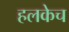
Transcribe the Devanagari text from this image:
हलकेच